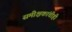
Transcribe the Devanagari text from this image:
समीक्षकांचीही